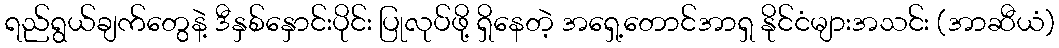
ရည်ရွယ်ချက်တွေနဲ့ ဒီနှစ်နှောင်းပိုင်း ပြုလုပ်ဖို့ ရှိနေတဲ့ အရှေ့တောင်အာရှ နိုင်ငံများအသင်း (အာဆီယံ)